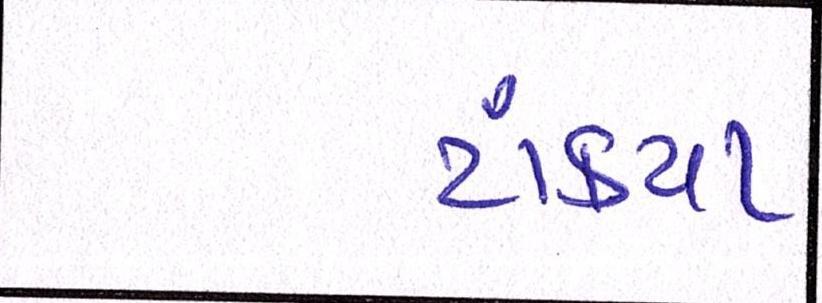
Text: ટાંક્યા